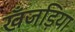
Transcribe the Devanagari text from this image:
खँजड़िया